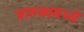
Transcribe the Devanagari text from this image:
वारुळामध्ये